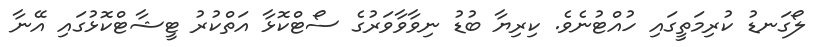
ލޯގަނޑު ކުރިމަތީގައި ހުއްޓުނެވެ. ކިރިޔާ ބުޑު ނިވާވާވަރުގެ ސޯޓްކޮޅާ އަތްކުރު ޓީޝާޓްކޮޅުގައި އޭނާ